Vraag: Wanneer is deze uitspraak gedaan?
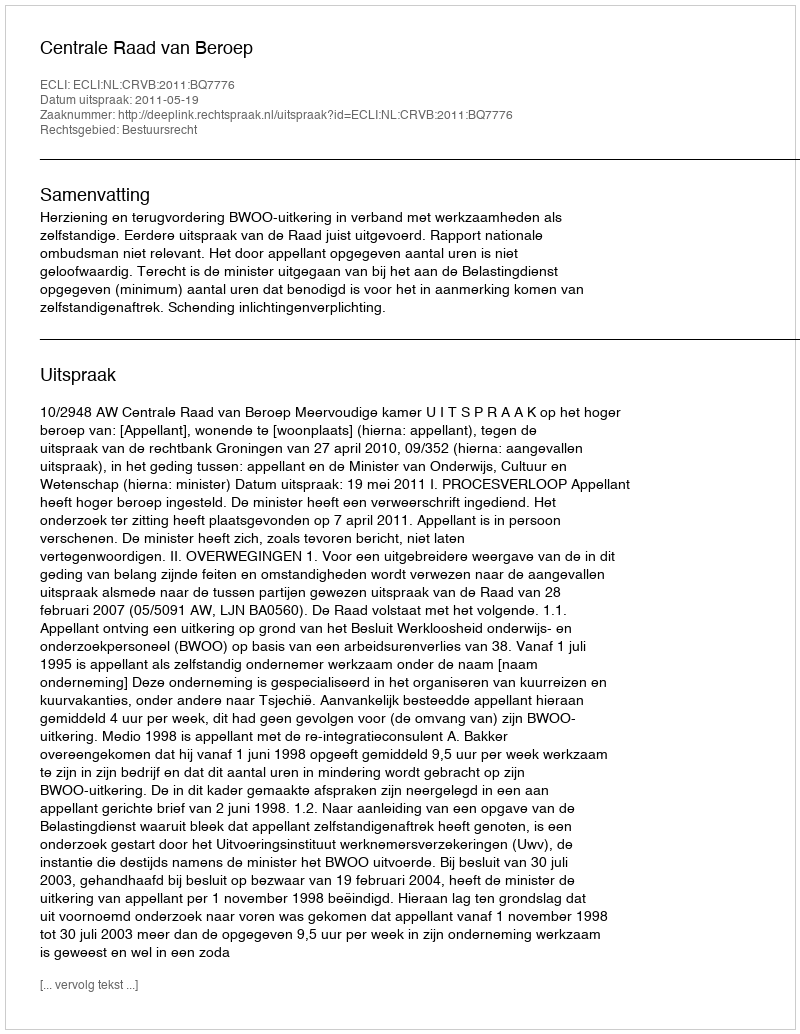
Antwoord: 2011-05-19